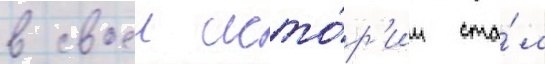
в своеи исто́р'ии ста́л